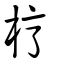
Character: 梈